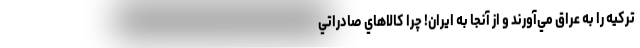
تركيه را به عراق مي‌آورند و از آنجا به ايران! چرا كالاهاي صادراتي